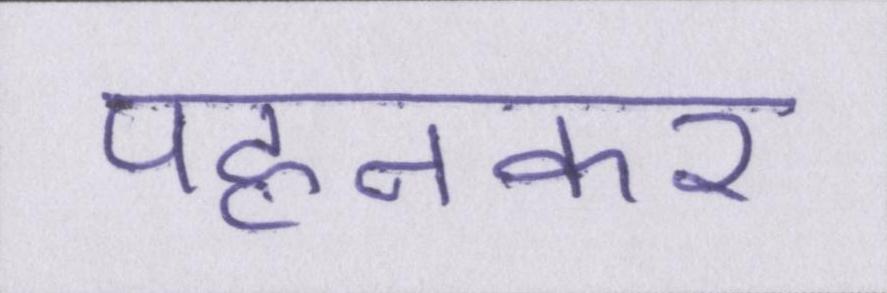
पहनकर